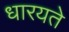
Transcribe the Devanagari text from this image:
धारयते